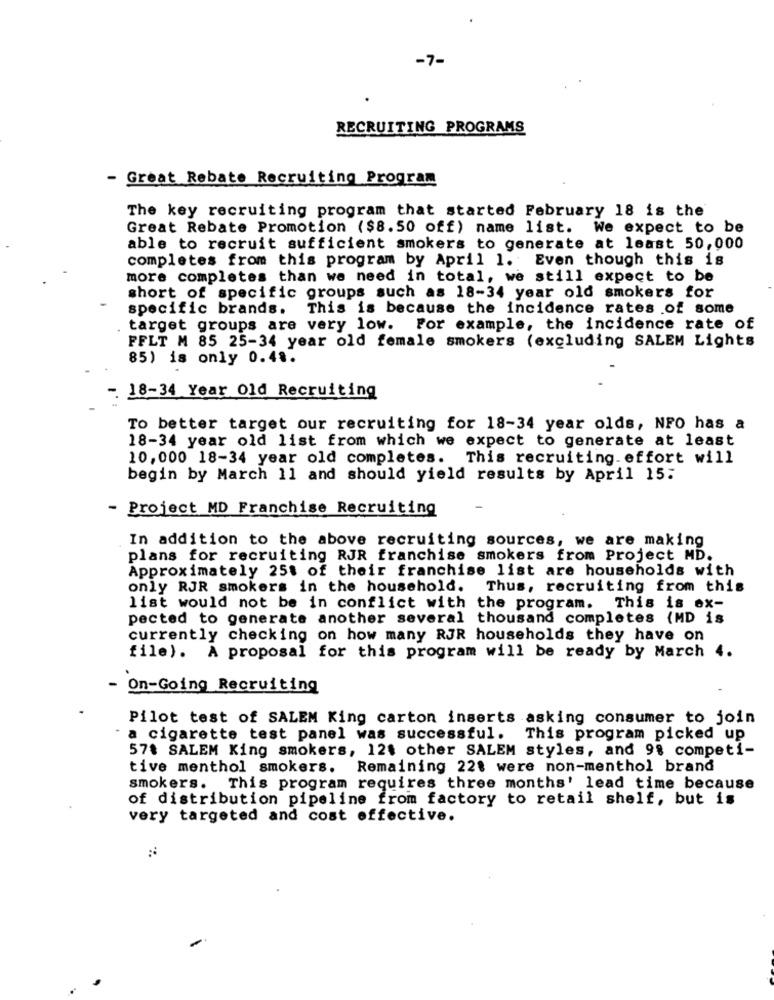
-7-
RECRUITING PROGRAMS
- Great Rebate Recruiting Program
The key recruiting program that started February 18 is the
Great Rebate Promotion ($8.50 off) name list. We expect to be
able to recruit sufficient smokers to generate at least 50,000
completes from this program by April 1. Even though this is
more completes than we need in total, we still expect to be
short of specific groups such as 18-34 year old smokers for
specific brands. This is because the incidence rates of some
target groups are very low. For example, the incidence rate of
FFLT M 85 25-34 year old female smokers (excluding SALEM Lights
85) is only 0.4 ..
- 18-34 Year Old Recruiting
To better target our recruiting for 18-34 year olds, NFO has a
18-34 year old list from which we expect to generate at least
10,000 18-34 year old completes. This recruiting.effort will
begin by March 11 and should yield results by April 15:
- Project MD Franchise Recruiting
In addition to the above recruiting sources, we are making
plans for recruiting RJR franchise smokers from Project MD.
Approximately 25t of their franchise list are households with
only RJR smokers in the household.
Thus, recruiting from this
list would not be in conflict with the program. This is ox-
pected to generate another several thousand completes (MD is
currently checking on how many RJR households they have on
file). A proposal for this program will be ready by March
- On-Going Recruiting
Pilot test of SALEM King carton inserts asking consumer to join
a cigarette test panel was successful.
This program picked up
578 SALEM King smokers, 12$ other SALEM styles, and 98 competi-
tive menthol smokers. Remaining 228 were non-menthol brand
smokers. This program requires three months' lead time because
of distribution pipeline from factory to retail shelf, but is
very targeted and cost effective.